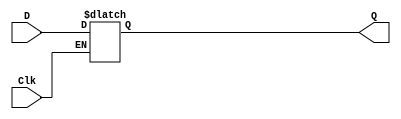
`timescale 1ns / 1ps
//////////////////////////////////////////////////////////////////////////////////
// Company: 
// Engineer: 
// 
// Design Name: 
// Module Name: d_latch
// Project Name: 
// Target Devices: 
// Tool Versions: 
// Description: 
// 
// Dependencies: 
// 
// Revision:
// Revision 0.01 - File Created
// Additional Comments:
// 
//////////////////////////////////////////////////////////////////////////////////

module d_latch(
    input Clk,D,
    output reg Q
);

always@(D,Clk)
    if(Clk)
        Q=D;
        
endmodule